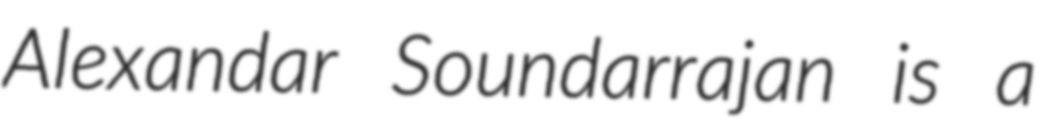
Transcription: Alexandar Soundarrajan is a